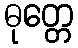
ဓုတ္တေ